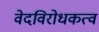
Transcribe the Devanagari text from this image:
वेदविरोधकत्व